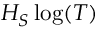
H _ { S } \log ( T )